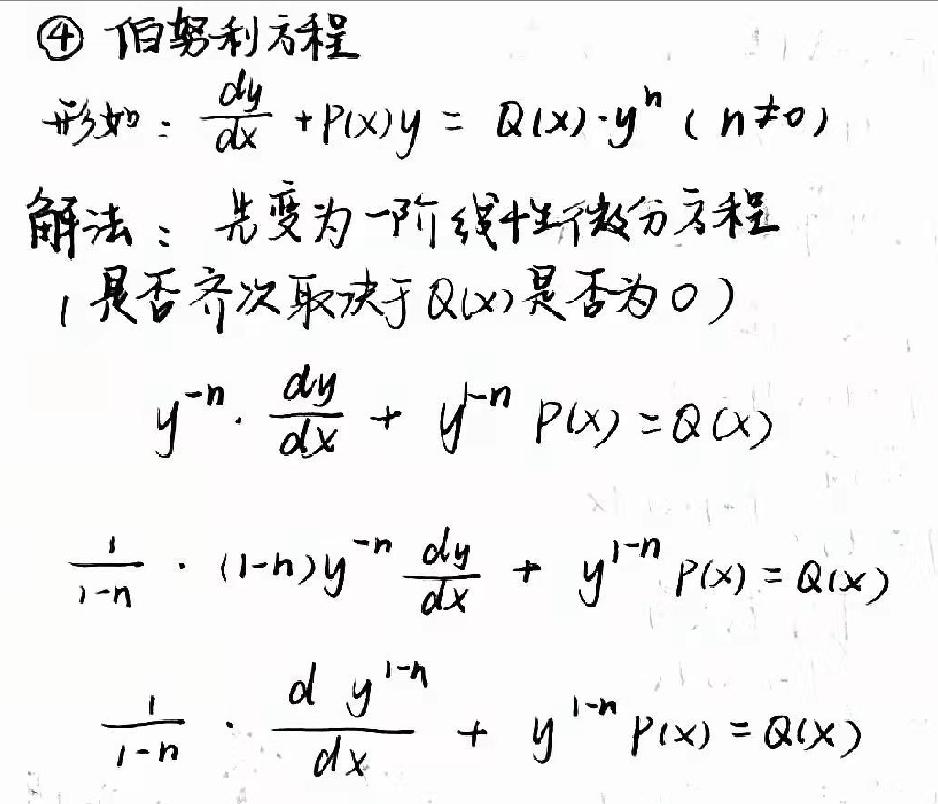
$\textcircled{4}$ 伯努利方程
形如：$\frac{dy}{dx}+P(x)y = Q(x)\cdot y^{n}(n\neq0)$
解法：先变为一阶线性微分方程
（是否齐次取决于$Q(x)$是否为 0）
$y^{-n}\cdot\frac{dy}{dx}+y^{-n}P(x)=Q(x)$
$\frac{1}{1 - n}\cdot(1 - n)y^{-n}\frac{dy}{dx}+y^{1 - n}P(x)=Q(x)$
$\frac{1}{1 - n}\cdot\frac{d y^{1 - n}}{dx}+y^{1 - n}P(x)=Q(x)$